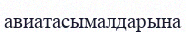
авиатасымалдарына